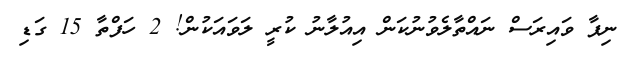
ނިޕާ ވައިރަސް ނައްތާލެވުނުކަން އިއުލާނު ކުރީ ލަވައަކުން! 2 ހަފްތާ 15 ގަޑި